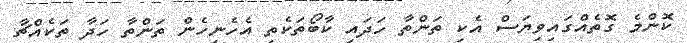
ކޮންމެ ގޮތެއްގައިވިޔަސް އެކި ތަންތާ ހަދައި ކާބޯތަކެތި އެހެނިހެން ތަންތާ ހަދާ ތަކެއްޗާ